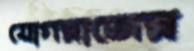
যোগরাজের